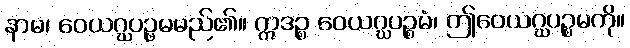
နာမ၊ ဝေယဂ္ဃပဉ္စမမည်၏။ ဣဒဉ္စ ဝေယဂ္ဃပဉ္စမံ၊ ဤဝေယဂ္ဃပဉ္စမကို။